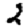
Digit: 2